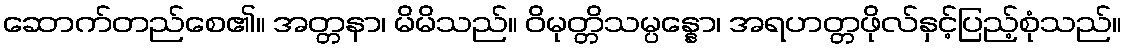
ဆောက်တည်စေ၏။ အတ္တနာ၊ မိမိသည်။ ဝိမုတ္တိသမ္ပန္နော၊ အရဟတ္တဖိုလ်နှင့်ပြည့်စုံသည်။